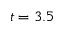
t = 3 . 5